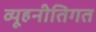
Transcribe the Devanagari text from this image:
व्यूहनीतिगत